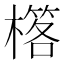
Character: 𣛗